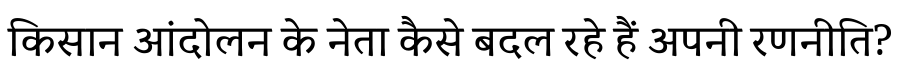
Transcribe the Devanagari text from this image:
किसान आंदोलन के नेता कैसे बदल रहे हैं अपनी रणनीति?